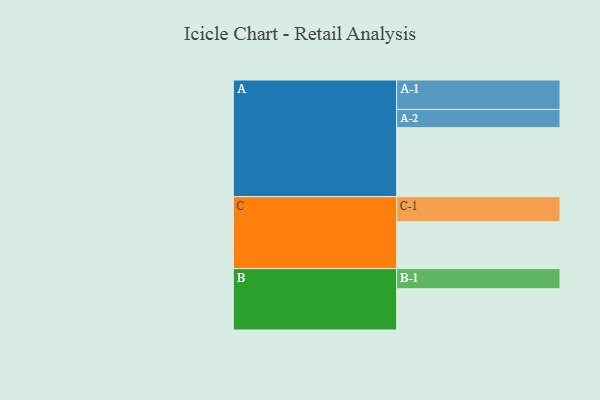
{"axis": {"x": "Segment", "y": "Value"}, "legend": ["", "A", "B", "C"], "data": [{"x": "A", "y": 590, "type": ""}, {"x": "B", "y": 353, "type": ""}, {"x": "C", "y": 401, "type": ""}, {"x": "A-1", "y": 252, "type": "A"}, {"x": "A-2", "y": 156, "type": "A"}, {"x": "B-1", "y": 172, "type": "B"}, {"x": "C-1", "y": 215, "type": "C"}]}